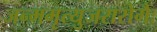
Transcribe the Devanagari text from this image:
जन्ममृत्युजरारोगैः